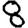
Digit: 8